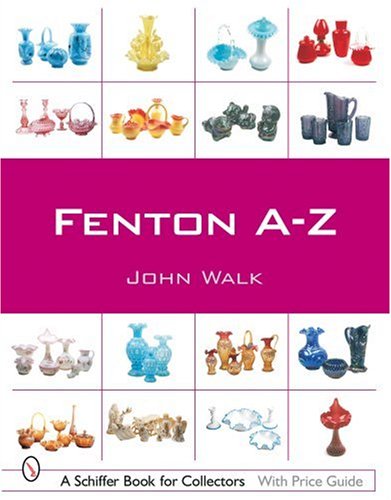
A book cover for Fenton A-Z (Schiffer Book for Collectors); John Walk; Crafts, Hobbies & Home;